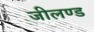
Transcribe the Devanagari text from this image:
जीलण्ड